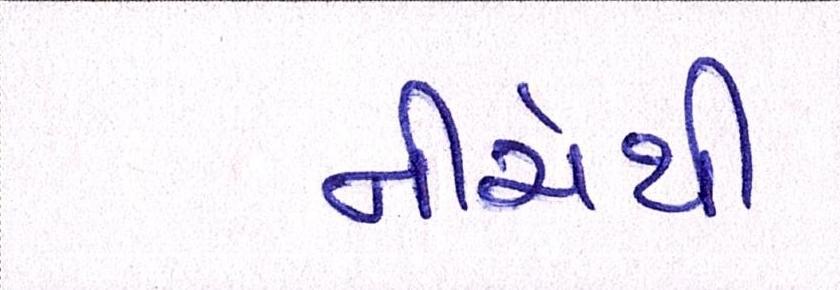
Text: નીચેથી